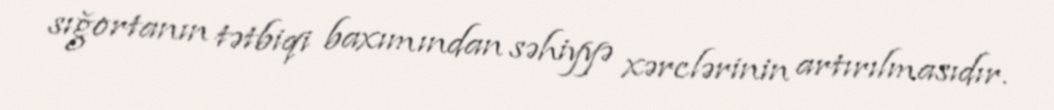
sığortanın tətbiqi baxımından səhiyyə xərclərinin artırılmasıdır.